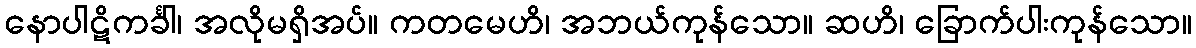
နောပါဋိကင်္ခါ၊ အလိုမရှိအပ်။ ကတမေဟိ၊ အဘယ်ကုန်သော။ ဆဟိ၊ ခြောက်ပါးကုန်သော။